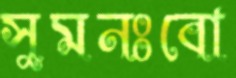
সুমনঃবো